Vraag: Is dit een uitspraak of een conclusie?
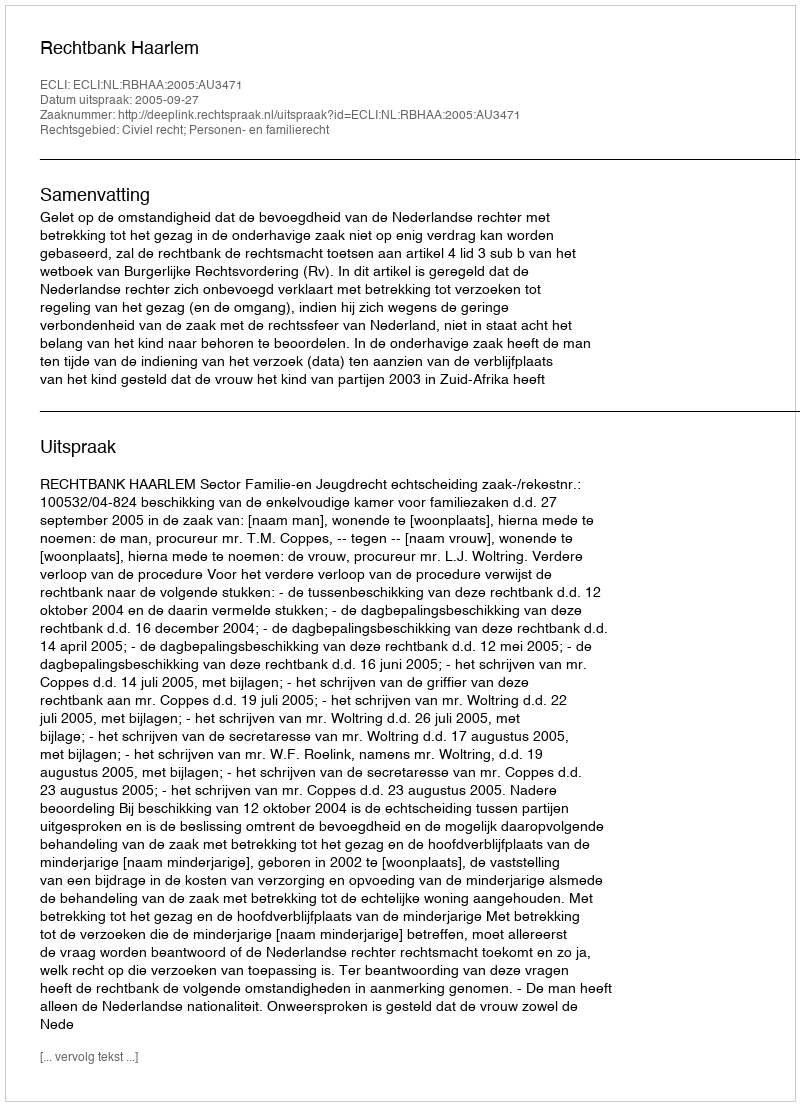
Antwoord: Uitspraak